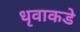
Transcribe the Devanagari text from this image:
धृवाकडे